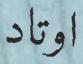
اوتاد